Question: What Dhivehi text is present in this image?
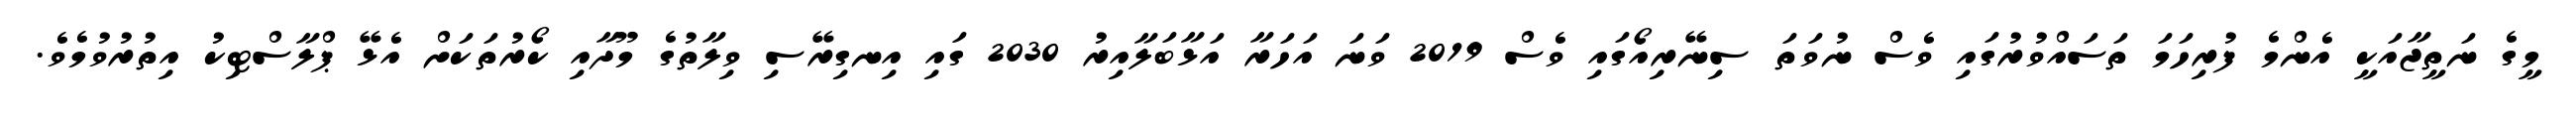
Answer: މީގެ ނަތީޖާއަކީ އެންމެ ފުރިހަމަ ތަސައްވުރުގައި ވެސް ނުވަތަ ސިނޭރިއޯގައި ވެސް 2019 ވަނަ އަހަރާ އަޅާބަލާއިރު 2030 ގައި އިނގިރޭސި ވިލާތުގެ މޫދާއި ކޯރުތަކަށް އެޅޭ ޕްލާސްޓިކު އިތުރުވުމެވެ.